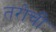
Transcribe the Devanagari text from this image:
तरोची